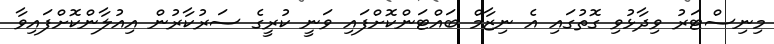
މިނިސްޓަރު ވިދާޅުވި ގޮތުގައި އެ ނިޒާމް ބައްޓަންކޮށްފައި ވަނީ ކުރީގެ ސަރުކާރުން އިއުލާންކޮށްފައިވާ